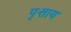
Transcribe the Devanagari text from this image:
पृत्ताय